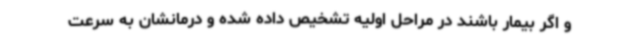
و اگر بیمار باشند در مراحل اولیه تشخیص داده شده و درمانشان به سرعت